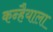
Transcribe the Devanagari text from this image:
कन्हैयाला